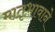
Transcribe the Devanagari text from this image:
मातृभावाने